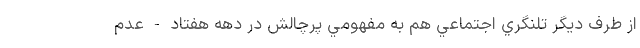
از طرف ديگر تلنگري اجتماعي هم به مفهومي پرچالش در دهه هفتاد - عدم‌